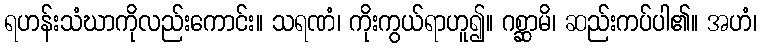
ရဟန်းသံဃာကိုလည်းကောင်း။ သရဏံ၊ ကိုးကွယ်ရာဟူ၍။ ဂစ္ဆာမိ၊ ဆည်းကပ်ပါ၏။ အဟံ၊